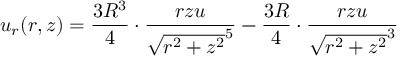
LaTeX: u _ { r } ( r , z ) = { \frac { 3 R ^ { 3 } } { 4 } } \cdot { \frac { r z u } { { \sqrt { r ^ { 2 } + z ^ { 2 } } } ^ { 5 } } } - { \frac { 3 R } { 4 } } \cdot { \frac { r z u } { { \sqrt { r ^ { 2 } + z ^ { 2 } } } ^ { 3 } } }